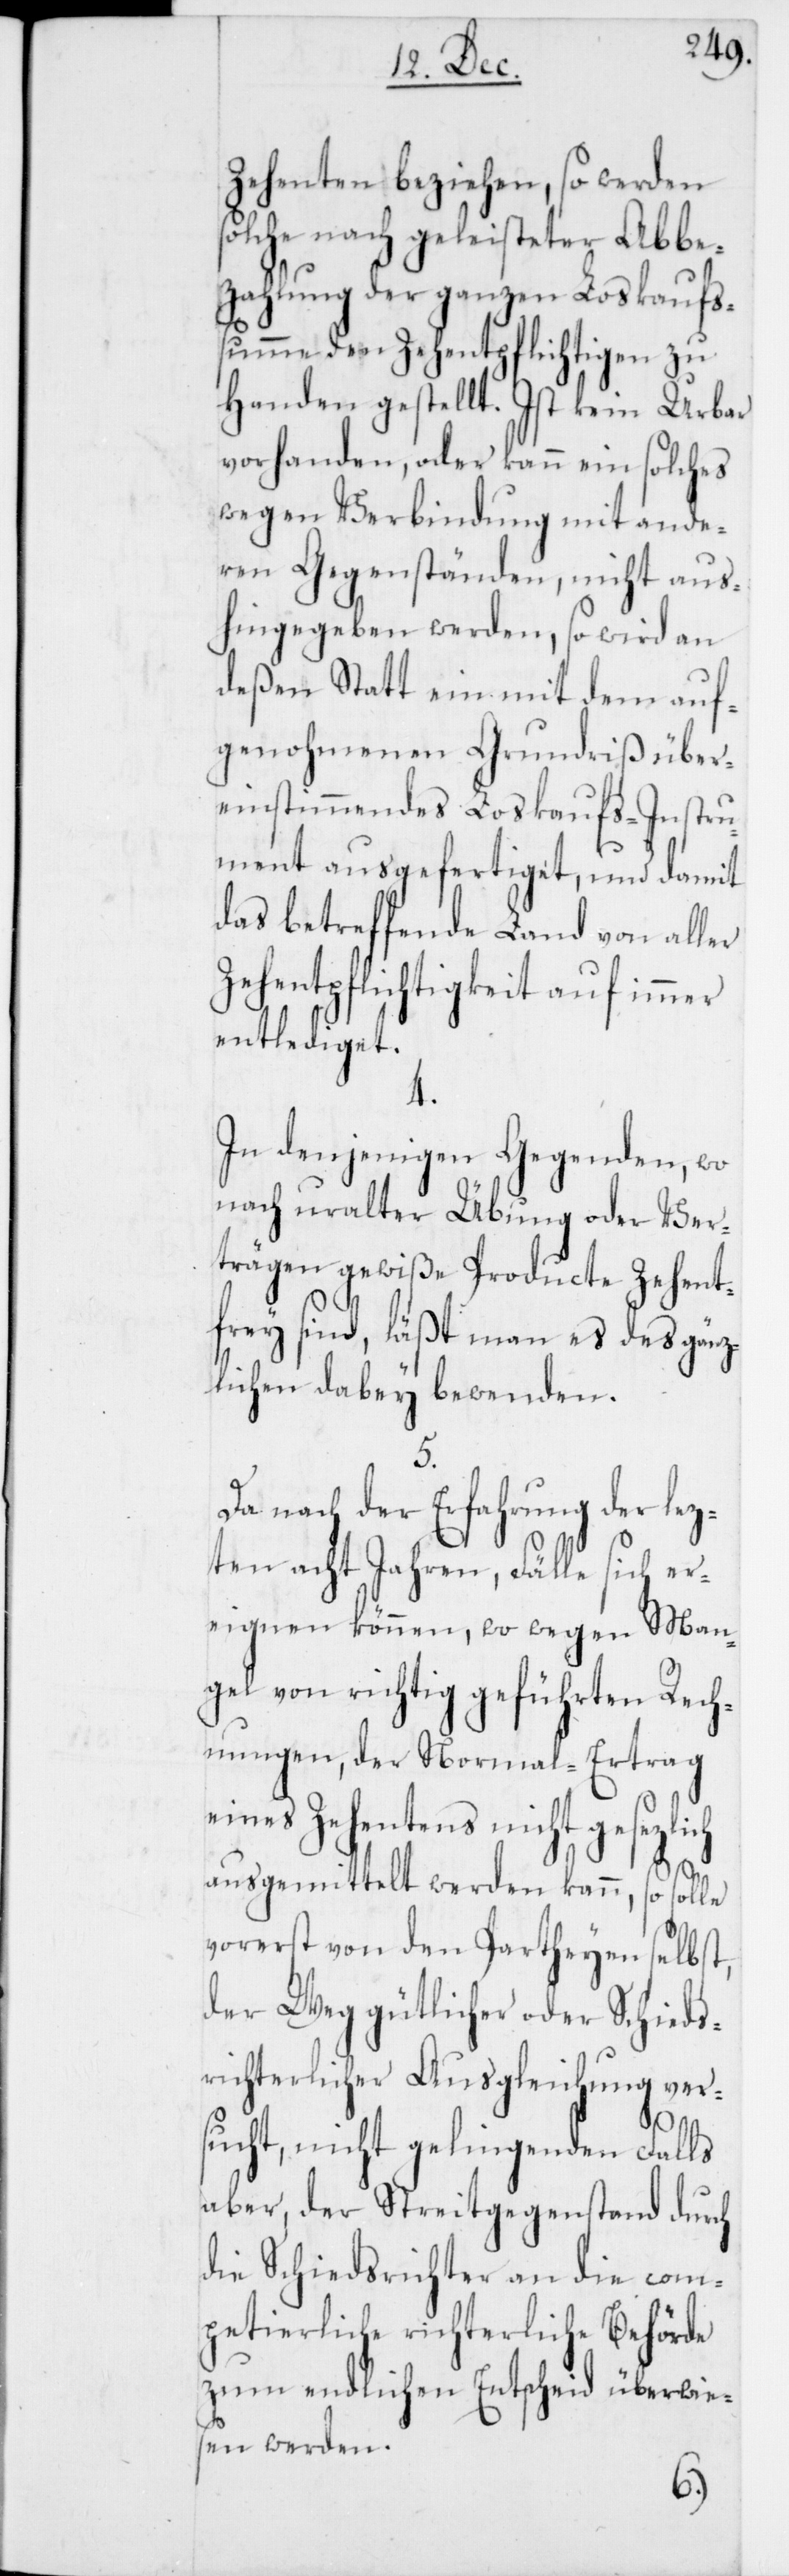
Zehenten beziehen, so werden
solche nach geleisteter Abbe¬
zahlung der ganzen Loskaufs¬
summe den Zehentpflichtigen zu
Handen gestellt. Ist kein Urbar
vorhanden, oder kann ein solches
wegen Verbindung mit ande¬
ren Gegenständen, nicht aus¬
hingegeben werden, so wird an
deßen Statt ein mit dem auf¬
genohmenen Grundriß über¬
einstimmendes Loskaufs-Instru¬
ment ausgefertiget, und damit
das betreffende Land von aller
Zehentpflichtigkeit auf immer
entlediget.
4.
In denjenigen Gegenden, wo
nach uralter Übung oder Ver¬
trägen gewiße Producte zehent¬
frey sind, läßt man es des gänz¬
lichen dabey bewenden.
Da nach der Erfahrung der lez¬
ten acht Jahren, Fälle sich er¬
eignen können, wo wegen Man¬
gel von richtig geführten Rech¬
nungen, der Normal-Ertrag
eines Zehentens nicht gesezlich
ausgemittelt werden kann, so solle
vorerst von den Partheyen selbst,
der Weg gütlicher oder Schieds¬
richterlicher Ausgleichung ver¬
sucht, nicht gelingenden Falls
aber, der Streitgegenstand durch
die Schiedsrichter an die com¬
petierliche richterliche Behörde
zum endlichen Entscheid überwies¬
en werden.
6.